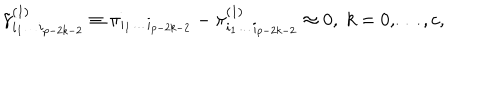
\tilde { \gamma } _ { i _ { 1 } \ldots i _ { p - 2 k - 2 } } ^ { ( 1 ) } \equiv \pi _ { i _ { 1 } \ldots i _ { p - 2 k - 2 } } - \pi _ { i _ { 1 } \ldots i _ { p - 2 k - 2 } } ^ { ( 1 ) } \approx 0 , \; k = 0 , \ldots , c ,